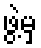
ဖွဲ့မှ